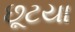
છૂટયા